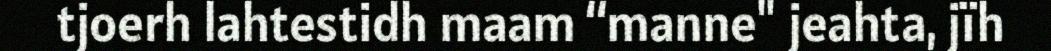
tjoerh lahtestidh maam “manne" jeahta, jïh